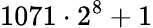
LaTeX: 1071\cdot 2^{8}+1